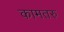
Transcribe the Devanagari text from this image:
कामतरु